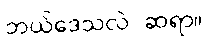
ဘယ်ဒေသလဲ ဆရာ။